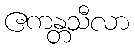
ဧကန္တသီလာ